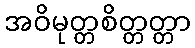
အဝိမုတ္တစိတ္တတ္တာ